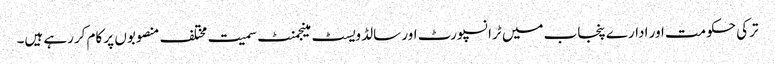
ترکی حکومت اور ادارے پنجاب میں ٹرانسپورٹ اور سالڈ ویسٹ مینجمنٹ سمیت مختلف منصوبوں پر کام کررہے ہیں۔